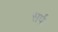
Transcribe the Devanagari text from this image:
सर्पः